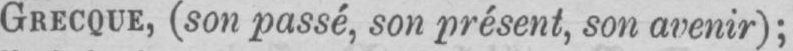
GRECQUE, (son passé, son présent, son avenir);